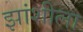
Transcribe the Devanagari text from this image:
झांशीला